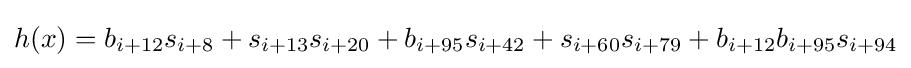
h(x)=b_{i+12}s_{i+8}+s_{i+13}s_{i+20}+b_{i+95}s_{i+42}+s_{i+60}s_{i+79}+b_{i+12}b_{i+95}s_{i+94}